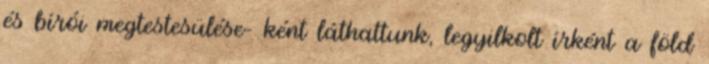
és bírói megtestesülése- ként láthattunk, legyilkolt írként a föld